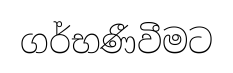
ගර්භණීවීමට